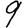
Digit: 9